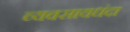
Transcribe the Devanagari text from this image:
व्यवसायधंदा